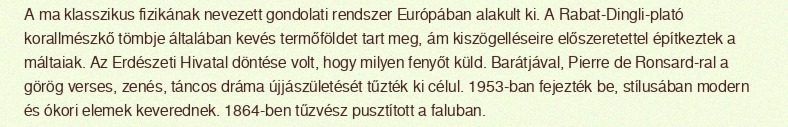
A ma klasszikus fizikának nevezett gondolati rendszer Európában alakult ki. A Rabat-Dingli-plató korallmészkő tömbje általában kevés termőföldet tart meg, ám kiszögelléseire előszeretettel építkeztek a máltaiak. Az Erdészeti Hivatal döntése volt, hogy milyen fenyőt küld. Barátjával, Pierre de Ronsard-ral a görög verses, zenés, táncos dráma újjászületését tűzték ki célul. 1953-ban fejezték be, stílusában modern és ókori elemek keverednek. 1864-ben tűzvész pusztított a faluban.